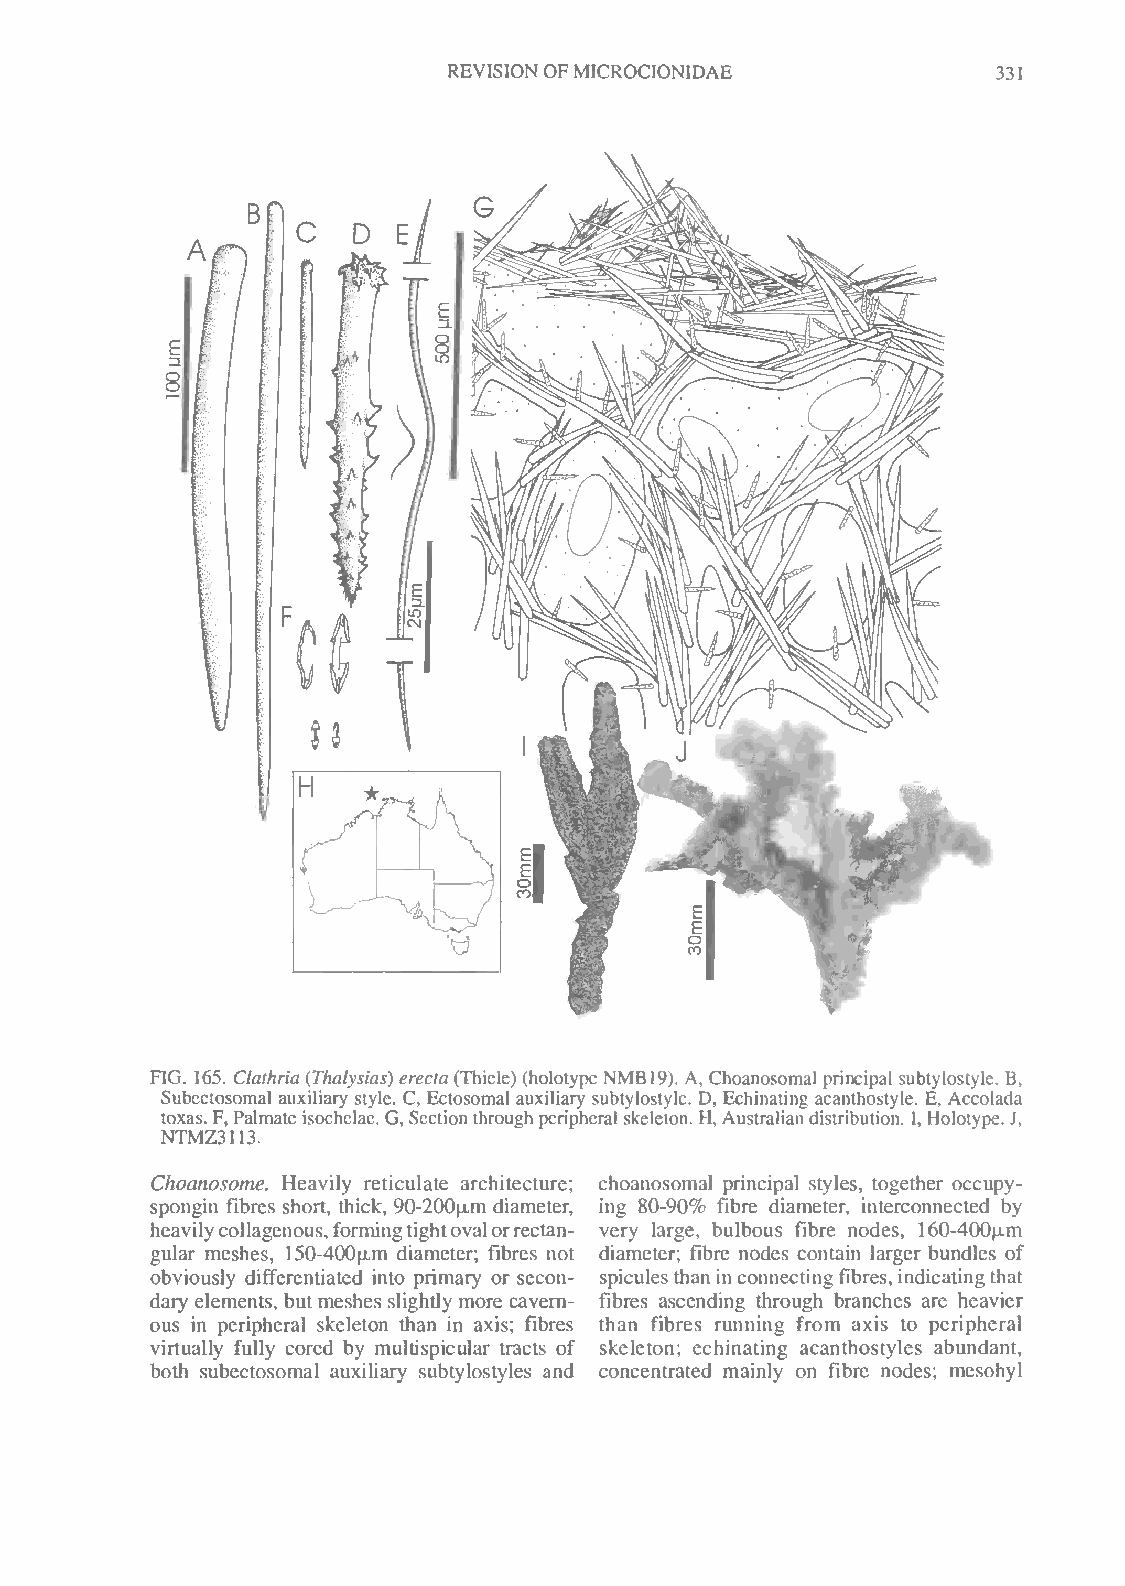
REVISION OFMICROCIONIDAE            331
 H   •_.
 A
 E
 E
 8
 N^^/y
 tJ
 FIG. 165. Clathria {Thalysias) erecta (Thiele) (holotype NMB19). A, Choanosomal principal subtylostyle. B,
 Subectosomal auxiliary style. C, Ectosomal auxiliary subtylostyle. D, Echinating acanthostyle. E, Accolada
 toxas. F, Palmate isochelae. G, Section throughperipheral skeleton. H, Australiandistribution. I, Holotype.J,
 NTMZ3113.
 Choanosome. Heavily reticulate architecture; choanosomal principal styles, together occupy-
 spongin fibres short, thick, 90-200u,m diameter, ing 80-90% fibre diameter, interconnected by
 heavilycollagenous,formingtightovalorrectan- very large, bulbous fibre nodes, 160-400^im
 gular meshes, 150-400u.ni diameter; fibres not diameter; fibre nodes contain larger bundles of
 obviously differentiated into primary or secon- spiculesthaninconnectingfibres, indicatingthat
 dary elements, but meshes slightly more cavern- fibres ascending through branches are heavier
 ous in peripheral skeleton than in axis; fibres than fibres running from axis to peripheral
 virtually fully cored by multispicular tracts of skeleton; echinating acanthostyles abundant,
 both subectosomal auxiliary subtylostyles and concentrated mainly on fibre nodes; mesohyl